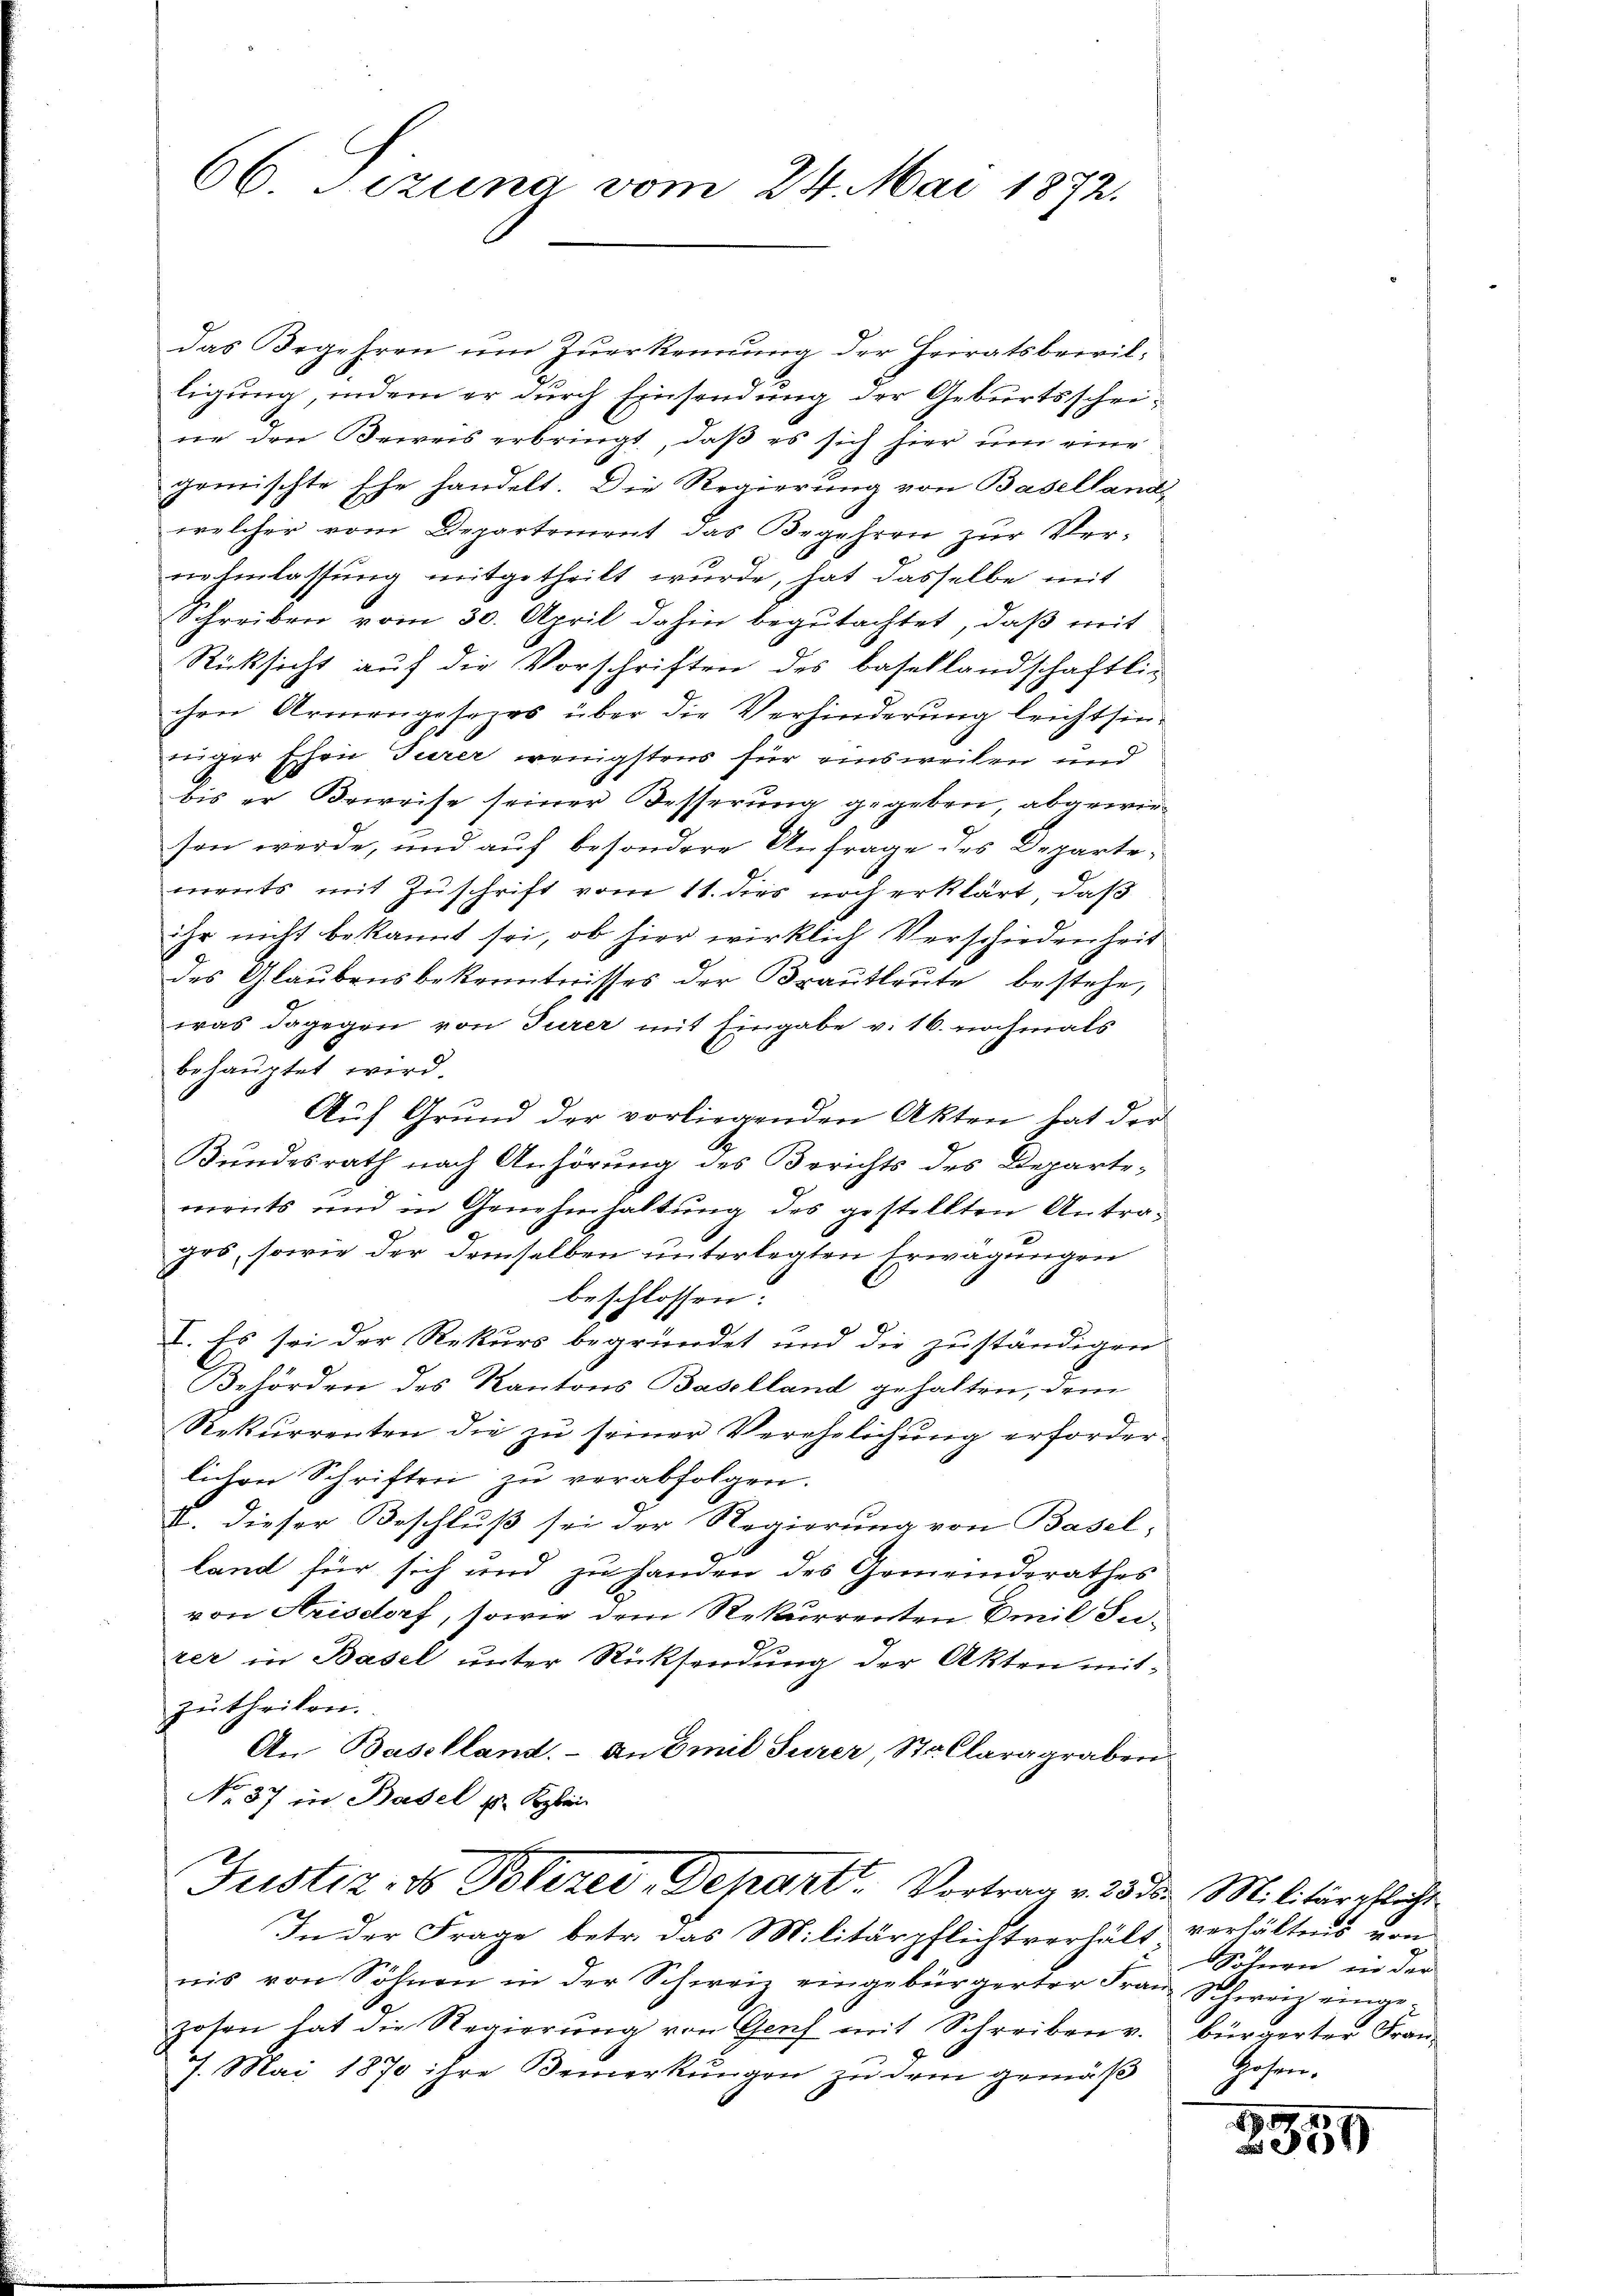
66. Jezuna vom 24. Mai 1872.

das Begehren um zuerkennung der Heiratsbewils
ligung, indem er durch Einsendung der Geburtsscheine den Beweis erbringt, daß es sich hier um eine
gewischte Ehe handelt. Die Regierung von Basellands
welcher vom Departement das Begehren zur Ver-
nehmlassung mitgetheilt wurde, hat dasselbe mit
Schreiben vom 30. April dahin begutachtet, daß mit
Rücksicht auf die Vorschriften des Basellandschaftlic
chen Armengesezes über die Verhinderung leichtsin-
eiger schon Turer wenigstens für einsweilen und
bis er Beweise seiner Besserung gegeben, abgewirsen werde, und auf besondere Anfrage des Departements mit Zuschrift vom 11. dies noch erklärt, daß
ihr nicht bekannt sei, ob hier wirklich Verschiedenheit
des Glaubensbekenntnisses der Brautleute bestehe,
was dagegen von Turer mit Eingabe v. 16. nochmals
behauptet wird.
Auf Grund der vorliegenden Akten hat der
Bundesrath nach Anhörung des Berichts des Departements und in Genehmhaltung des gestellten Antrages, sowie der demselben unterlegten Erwägungen
beschlossen:
I. Es sei der Rekurs begründet und die zuständigen
Behörden des Kantons Baselland gehalten, dem
Rekurrenten die zu seiner Verehelichung erforderlichen Schriften zu verabfolgen.
II. Dieser Beschluß sei der Regierung von Basel-
land für sich und zu handen des Gemeindsrathes
von Arisdorf, sowie dem Rekurrenten Emil Surer in Basel unter Rücksendung der Akten mitzutheilen.
An Baselland. - An Emil Jurer, Stallaragraben
No. 37 in Basel u. Klei
Justiz- & Polizei-Depart. Vortrag v. 25 den Militärpflicht
In der Frage betr. das Militärpflichtverhält verhältnis von
nis von Söhnen in der Schweiz eingebürgerter Frau Schweiz eingezosen hat die Regierung von Genf mit Schreiben v.
7. Mai 1870 ihre Bemerkungen zu dem gemäß

Söhnen in der
bürgerter Franz
Hosen.

2559